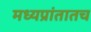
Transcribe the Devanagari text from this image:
मध्यप्रांतातच